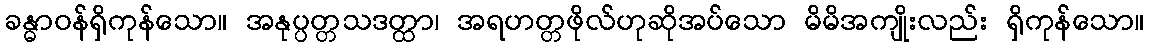
ခန္ဓာဝန်ရှိကုန်သော။ အနုပ္ပတ္တသဒတ္ထာ၊ အရဟတ္တဖိုလ်ဟုဆိုအပ်သော မိမိအကျိုးလည်း ရှိကုန်သော။